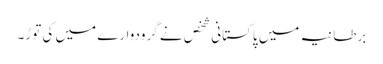
برطانیہ میں پاکستانی شخص نے گرودوارے میں کی توڑ۔